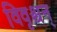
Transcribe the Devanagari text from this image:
विवृश्चन्